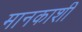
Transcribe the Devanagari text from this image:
मानकाशी